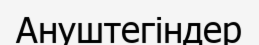
Ануштегіндер